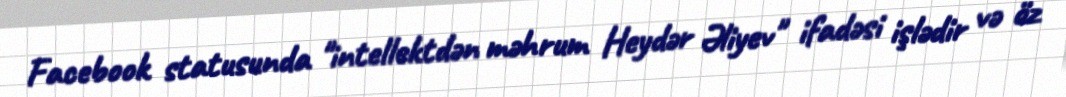
Facebook statusunda "intellektdən məhrum Heydər Əliyev" ifadəsi işlədir və öz